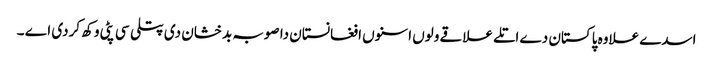
اسدے علاوہ پاکستان دے اتلے علاقے ولوں اسنوں افغانستان دا صوبہ بدخشان دی پتلی سی پٹی وکھ کردی اے ۔